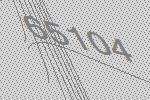
65104